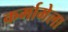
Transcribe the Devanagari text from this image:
कर्मामेला